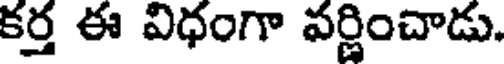
కర్త ఈ విధంగా వర్ణించాడు.